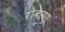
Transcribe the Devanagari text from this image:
रोकेया